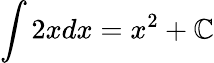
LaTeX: \int2xdx=x^{2}+\mathbb{C}